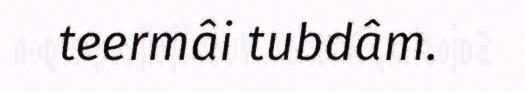
teermâi tubdâm.